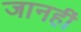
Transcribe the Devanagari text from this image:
जानहीं